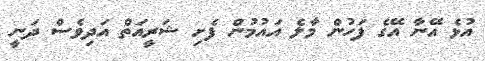
އުޅެ އޭނާ އޭގެ ފަހުން މާލެ އައުމުން ފެށި ޝަރީއަތް އަދިވެސް ދަނީ